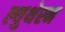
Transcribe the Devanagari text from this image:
ल्युथेरन